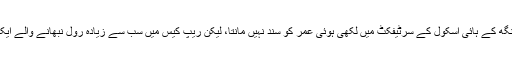
جنرل وی کے سنگھ کی عمر کے تنازع کا بھی یہ المیہ ہے کہ ہندوستان کا سپریم کورٹ جنرل وی کے سنگھ کے ہائی اسکول کے سرٹیفکٹ میں لکھی ہوئی عمر کو سند نہیں مانتا، لیکن ریپ کیس میں سب سے زیادہ رول نبھانے والے ایک مجرم کے بالغ یا نابالغ ہونے کے بارے میں ہائی اسکول کے ڈیف آف برتھ سرٹیفکٹ کو صحیح مانتا ہے۔